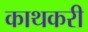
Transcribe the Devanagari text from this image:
काथकरी